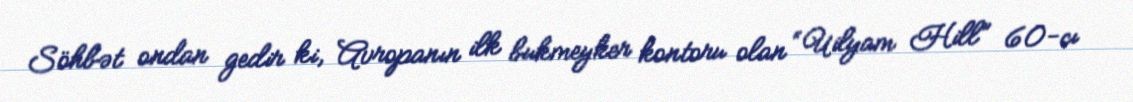
Söhbət ondan gedir ki, Avropanın ilk bukmeyker kontoru olan “Uilyam Hill” 60-cı